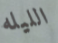
الليله